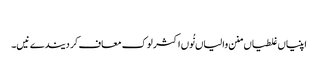
‏
اپنیاں غلطیاں منن والیاں نُوں اکثر لوک معاف کر دیندے نیں۔